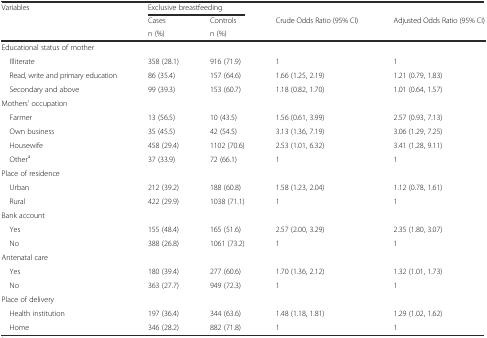
<table><thead><tr><td rowspan="3"><b>Variables</b></td><td colspan="2"><b>Exclusive breastfeeding</b></td><td></td><td></td></tr><tr><td><b>Cases</b></td><td><b>Controls</b></td><td><b>Crude Odds Ratio (95% CI)</b></td><td><b>Adjusted Odds Ratio (95% CI)</b></td></tr><tr><td><b>n (%)</b></td><td><b>n (%)</b></td><td></td><td></td></tr></thead><tbody><tr><td>Educational status of mother</td><td></td><td></td><td></td><td></td></tr><tr><td> Illiterate</td><td>358 (28.1)</td><td>916 (71.9)</td><td>1</td><td>1</td></tr><tr><td> Read, write and primary education</td><td>86 (35.4)</td><td>157 (64.6)</td><td>1.66 (1.25, 2.19)</td><td>1.21 (0.79, 1.83)</td></tr><tr><td> Secondary and above</td><td>99 (39.3)</td><td>153 (60.7)</td><td>1.18 (0.82, 1.70)</td><td>1.01 (0.64, 1.57)</td></tr><tr><td>Mothers&#x27; occupation</td><td></td><td></td><td></td><td></td></tr><tr><td> Farmer</td><td>13 (56.5)</td><td>10 (43.5)</td><td>1.56 (0.61, 3.99)</td><td>2.57 (0.93, 7.13)</td></tr><tr><td> Own business</td><td>35 (45.5)</td><td>42 (54.5)</td><td>3.13 (1.36, 7.19)</td><td>3.06 (1.29, 7.25)</td></tr><tr><td> Housewife</td><td>458 (29.4)</td><td>1102 (70.6)</td><td>2.53 (1.01, 6.32)</td><td>3.41 (1.28, 9.11)</td></tr><tr><td> Other<sup>a</sup></td><td>37 (33.9)</td><td>72 (66.1)</td><td>1</td><td>1</td></tr><tr><td>Place of residence</td><td></td><td></td><td></td><td></td></tr><tr><td> Urban</td><td>212 (39.2)</td><td>188 (60.8)</td><td>1.58 (1.23, 2.04)</td><td>1.12 (0.78, 1.61)</td></tr><tr><td> Rural</td><td>422 (29.9)</td><td>1038 (71.1)</td><td>1</td><td>1</td></tr><tr><td>Bank account</td><td></td><td></td><td></td><td></td></tr><tr><td> Yes</td><td>155 (48.4)</td><td>165 (51.6)</td><td>2.57 (2.00, 3.29)</td><td>2.35 (1.80, 3.07)</td></tr><tr><td> No</td><td>388 (26.8)</td><td>1061 (73.2)</td><td>1</td><td>1</td></tr><tr><td>Antenatal care</td><td></td><td></td><td></td><td></td></tr><tr><td> Yes</td><td>180 (39.4)</td><td>277 (60.6)</td><td>1.70 (1.36, 2.12)</td><td>1.32 (1.01, 1.73)</td></tr><tr><td> No</td><td>363 (27.7)</td><td>949 (72.3)</td><td>1</td><td>1</td></tr><tr><td>Place of delivery</td><td></td><td></td><td></td><td></td></tr><tr><td> Health institution</td><td>197 (36.4)</td><td>344 (63.6)</td><td>1.48 (1.18, 1.81)</td><td>1.29 (1.02, 1.62)</td></tr><tr><td> Home</td><td>346 (28.2)</td><td>882 (71.8)</td><td>1</td><td>1</td></tr></tbody></table>